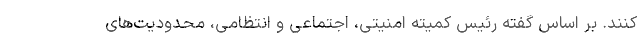
کنند. بر اساس گفته رئیس کمیته امنیتی، اجتماعی و انتظامی، محدودیت‌های